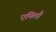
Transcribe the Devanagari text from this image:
एंमिलौ